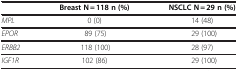
<table><thead><tr><td><b> </b></td><td><b>Breast N = 118 n (%)</b></td><td><b>NSCLC N = 29 n (%)</b></td></tr></thead><tbody><tr><td><i>MPL</i></td><td>0 (0)</td><td>14 (48)</td></tr><tr><td><i>EPOR</i></td><td>89 (75)</td><td>29 (100)</td></tr><tr><td><i>ERBB2</i></td><td>118 (100)</td><td>28 (97)</td></tr><tr><td><i>IGF1R</i></td><td>102 (86)</td><td>29 (100)</td></tr></tbody></table>